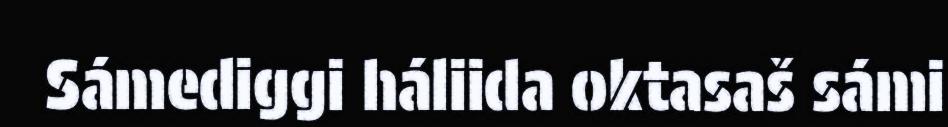
Sámediggi háliida oktasaš sámi